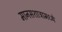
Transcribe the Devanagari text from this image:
मानसशात्रामध्ये